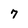
Character: 7